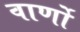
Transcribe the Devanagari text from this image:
वार्णो